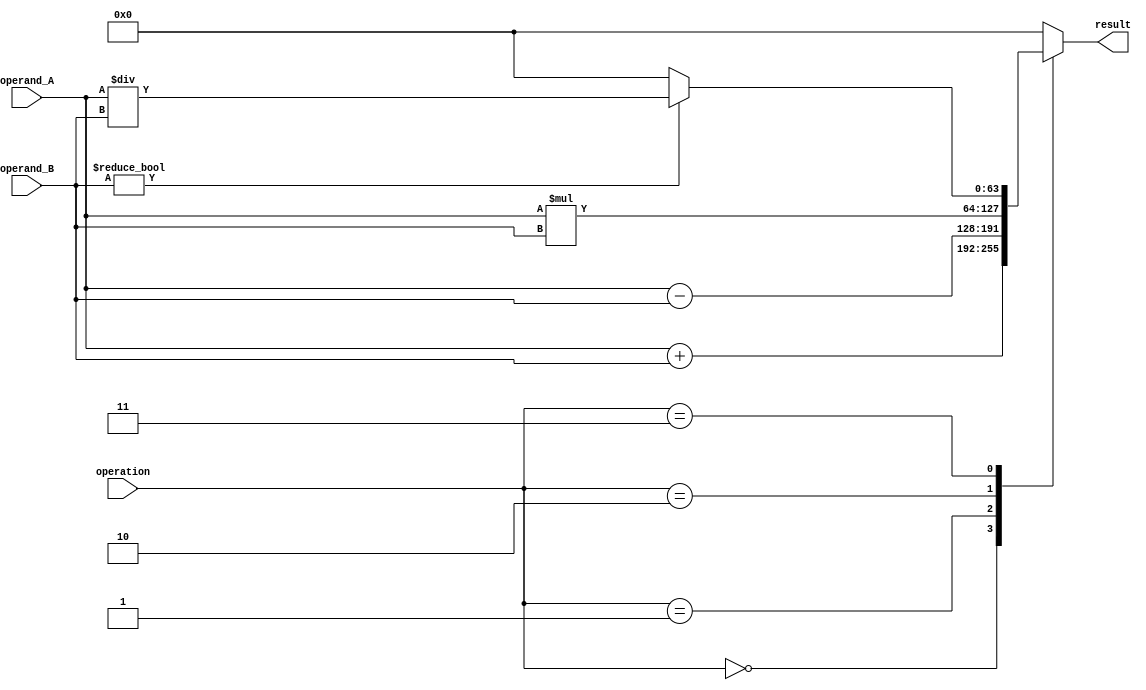
module double_precision_floating_point_unit (
    input wire [63:0] operand_A,
    input wire [63:0] operand_B,
    input wire [2:0] operation, // 0: addition, 1: subtraction, 2: multiplication, 3: division
    output reg [63:0] result
);

reg [63:0] result_temp;

always @(*)
begin
    case(operation)
        3'b000: result_temp = operand_A + operand_B; // addition
        3'b001: result_temp = operand_A - operand_B; // subtraction
        3'b010: result_temp = operand_A * operand_B; // multiplication
        3'b011: 
        begin
            if(operand_B != 64'h0) // division
                result_temp = operand_A / operand_B;
            else
                result_temp = 64'h0; // handle divide by zero
        end
        default: result_temp = 64'h0; // handle invalid operation
    endcase
end

// Additional logic to handle special cases such as overflow and underflow

always @(*)
begin
    result = result_temp; // Store the result in the output register
end

endmodule